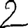
Digit: 2